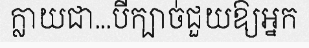
ក្លាយជា...បីក្បាច់ជួយឱ្យអ្នក